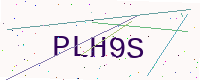
Text: PLH9S